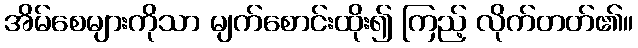
အိမ်စေများကိုသာ မျက်စောင်းထိုး၍ ကြည့် လိုက်တတ်၏။